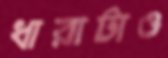
ধারাটাও